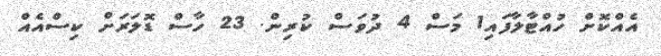
އެއްކޮށް ހުއްޓާލާފައި1 މަސް 4 ދުވަސް ކުރިން. 23 ހާސް ޑޮލަރަށް ކިސްއެއް